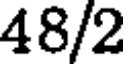
48/2